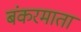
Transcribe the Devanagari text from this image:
बंकरमाता